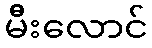
မီးလောင်